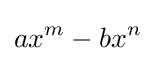
ax^{m}-bx^{n}